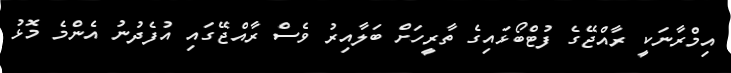
އިމްރާނަކީ ރާއްޖޭގެ ފުޓްބޯޅައިގެ ތާރީހަށް ބަލާއިރު ވެސް ރާއްޖޭގައި އުފެދުނު އެންމެ މޮޅު